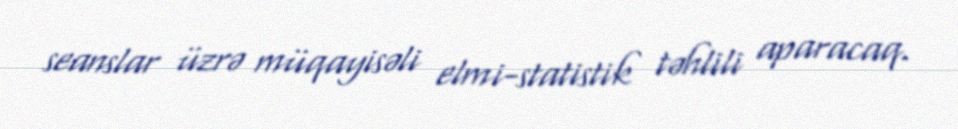
seanslar üzrə müqayisəli elmi-statistik təhlili aparacaq.